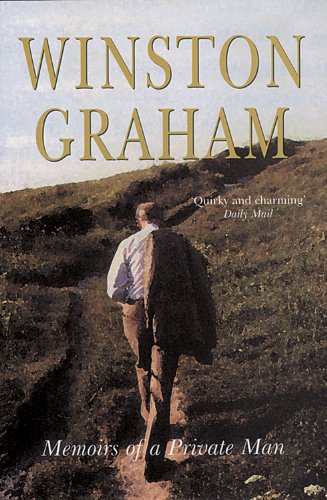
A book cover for Memoirs of a Private Man; Winston Graham; Biographies & Memoirs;